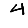
Digit: 4